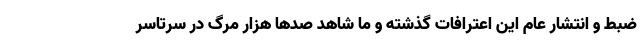
ضبط و انتشار عام این اعترافات گذشته و ما شاهد صدها هزار مرگ در سرتاسر